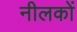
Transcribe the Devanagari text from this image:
नीलकों